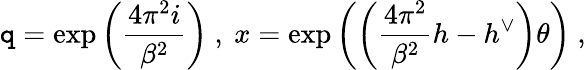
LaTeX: \mathtt{q}=\exp\left(\frac{{4\pi^{2}i}}{{\beta^{2}}}\right)\ ,\ x=\exp\left(\left(\frac{{4\pi^{2}}}{{\beta^{2}}}h-h^{\vee}\right)\theta\right)\ ,